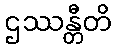
ဌဿန္တီတိ